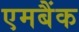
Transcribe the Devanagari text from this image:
एमबैंक